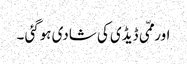
اور ممّی ڈیڈی کی شادی ہوگئی ۔